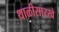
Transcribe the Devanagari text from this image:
थाळीसारखे